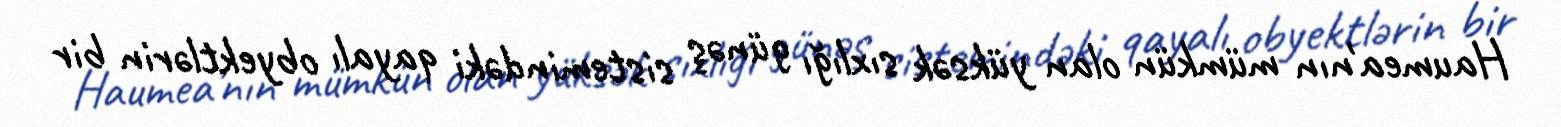
Haumea'nın mümkün olan yüksək sıxlığı günəş sistemindəki qayalı obyektlərin bir